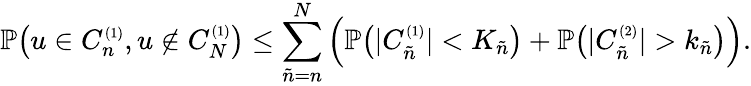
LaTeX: \mathbb{P}\big(u\in C_{n}^{\scriptscriptstyle(1)},u\notin C_{N}^{\scriptscriptstyle(1)}\big)\le\sum_{\tilde{n}=n}^{N}\Big(\mathbb{P}\big(|C_{\tilde{n}}^{\scriptscriptstyle(1)}|<K_{\tilde{n}}\big)+\mathbb{P}\big(|C_{\tilde{n}}^{\scriptscriptstyle(2)}|>k_{\tilde{n}}\big)\Big).